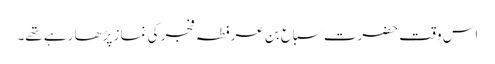
اس وقت حضرت سباع بن عرفطہ فجر کی نماز پڑھا رہے تھے۔